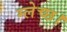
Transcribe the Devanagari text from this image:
म्लेच्छ।